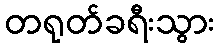
တရုတ်ခရီးသွား